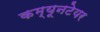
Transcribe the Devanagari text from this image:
कम्यूनटेयर